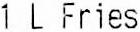
1 L FRIES